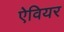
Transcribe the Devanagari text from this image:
ऐवियर